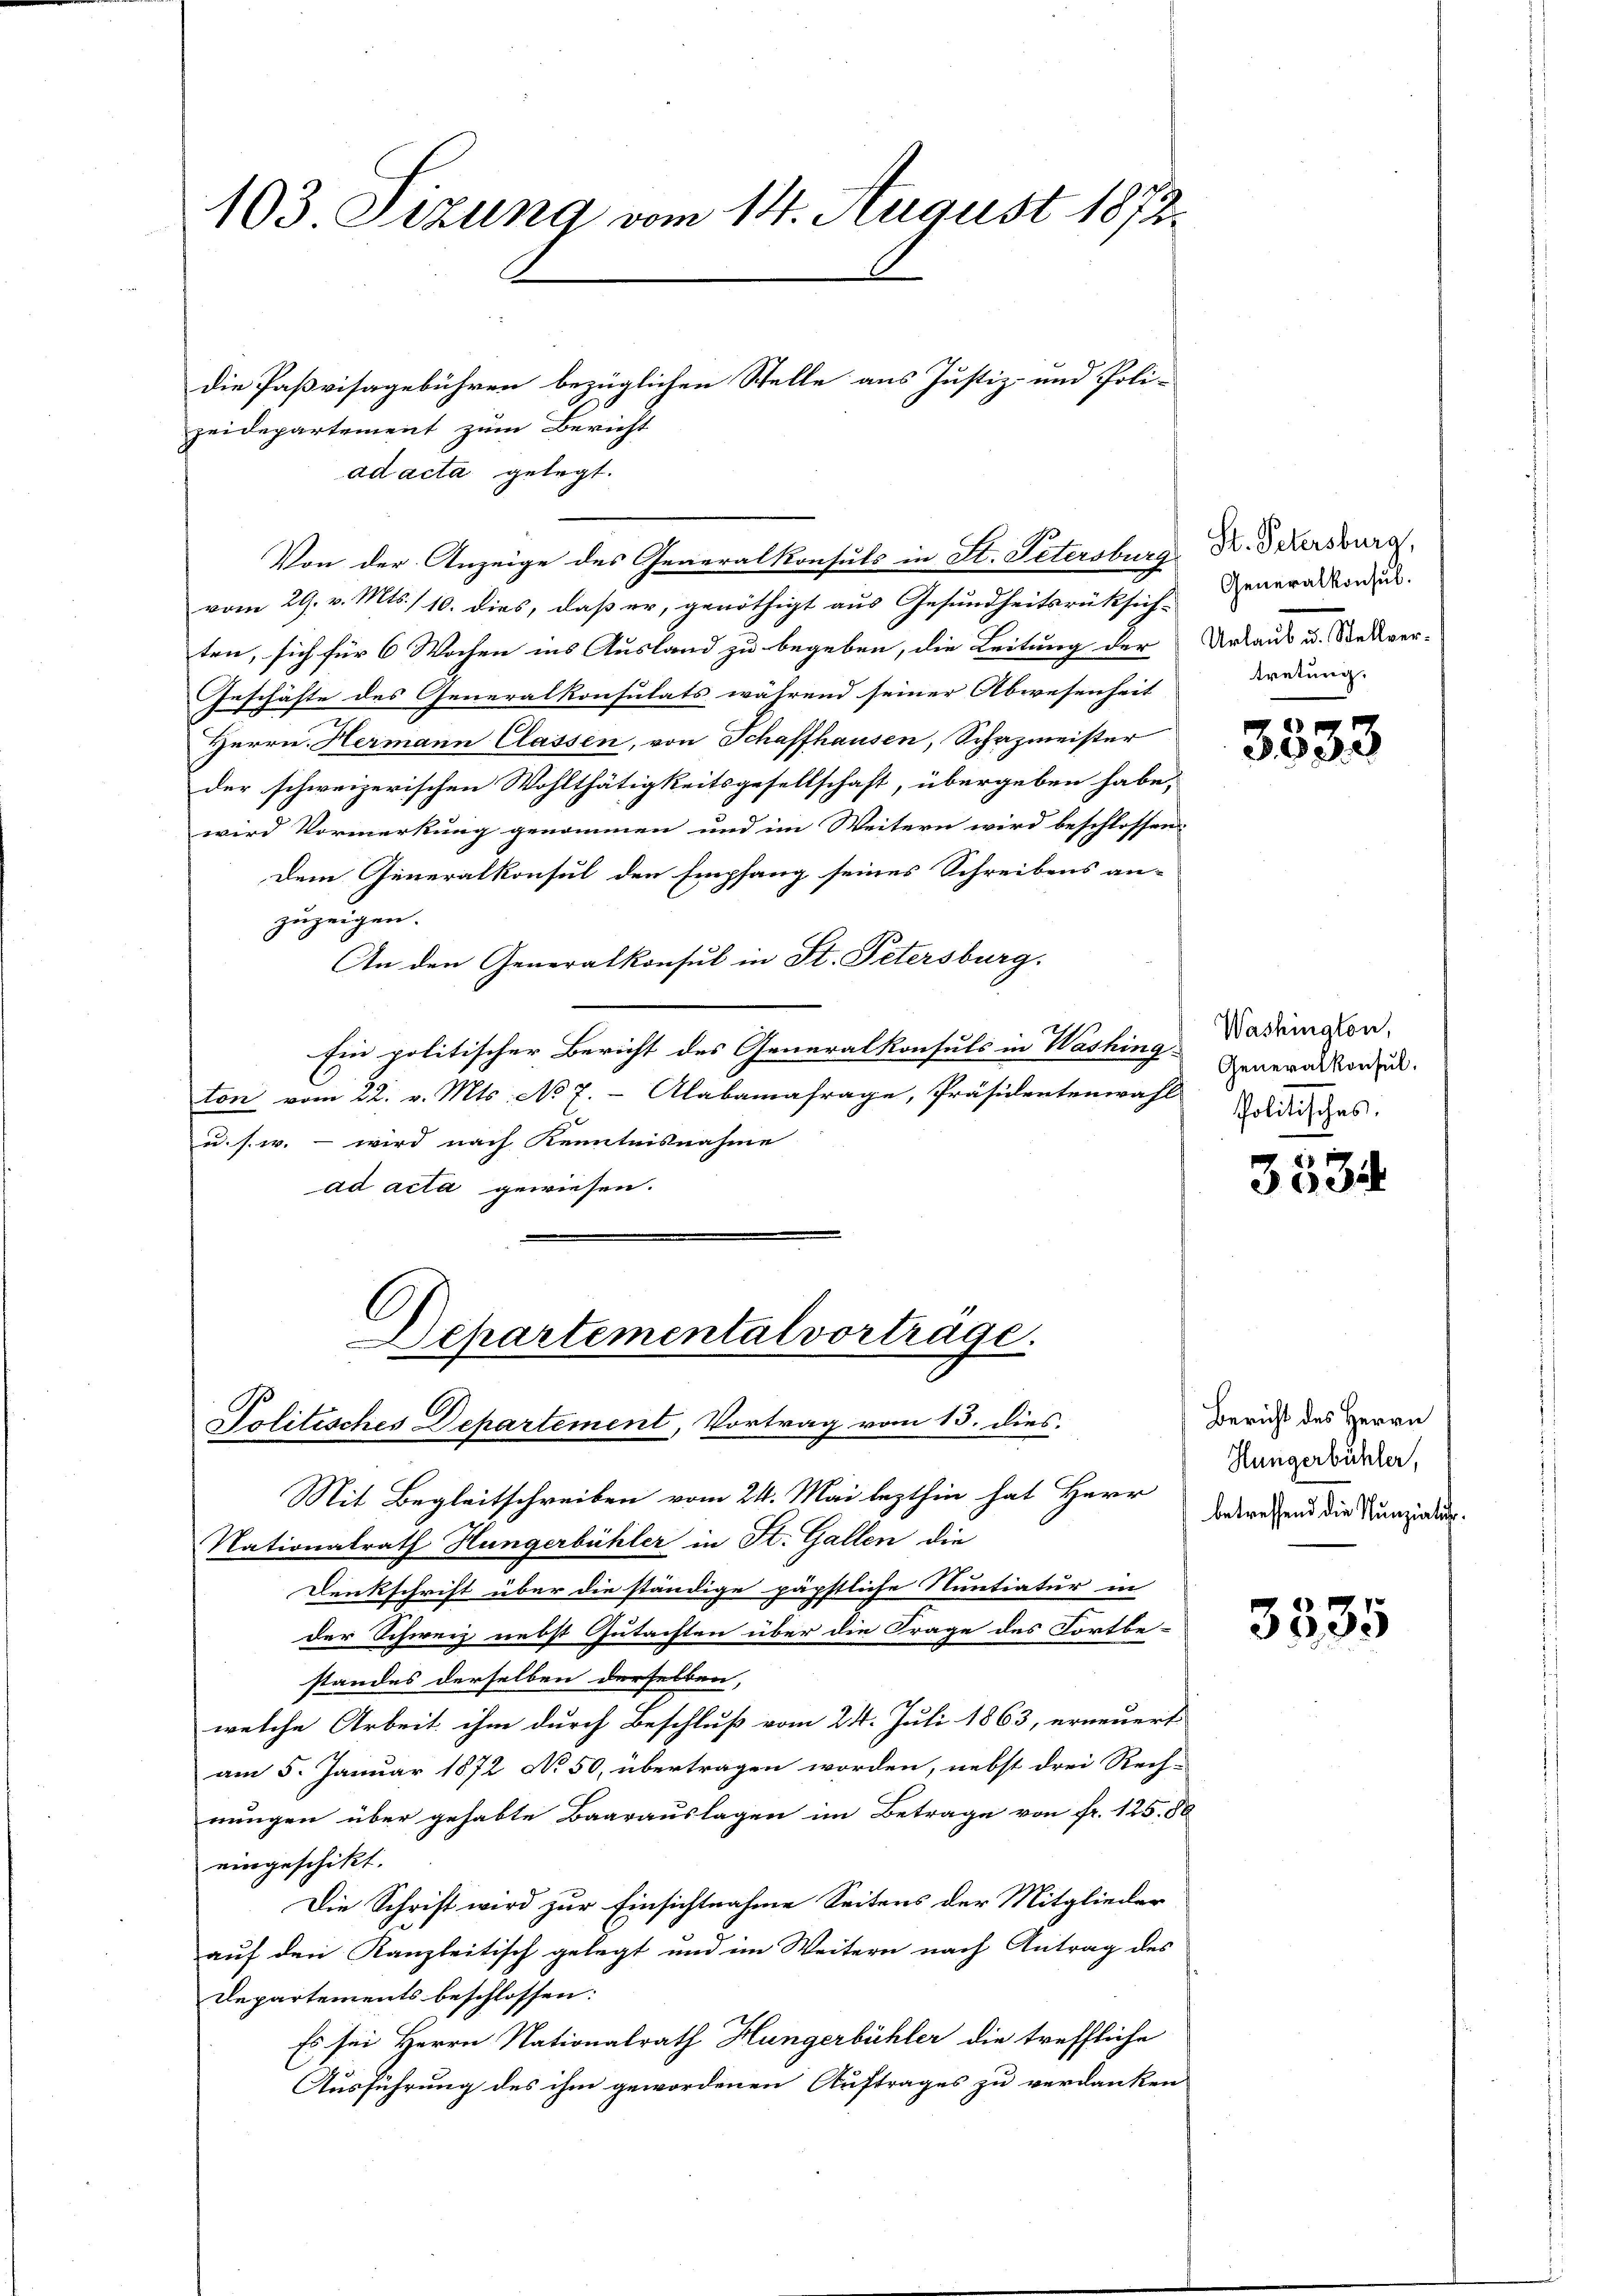
103 Stzung vom 14. August 1872.

zeidepartement zum Bericht
ad acta gelegt.
Von der Anzeige des Generalkonsuls in St. Petersburg
vom 29. v. Mts. / 10. dies, daß er, genöthigt aus Gesundheitsrüksichten, sich für 6 Wochen ins Ausland zu begeben, die Leitung der
Geschäfte des Generalkonsulats während seiner Abwesenheit
Herrn. Hermann Classen, von Schaffhausen, Schazmeister
der schweizerischen Wohlthätigkeitsgesellschaft, übergeben habe,
wird Vormerkung genommen und im Weitern wird beschlossen
Dem Generalkonsul den Empfang seines Schreibens an-
zuzeigen.
An den Generalkonsul in St. Petersburg.
Ein politischer Bericht des Generalkonsuls in Washing Generalkonsu
ton vom 22. v. Mts. No 7.- Alabamafrage, Präsidentenwahl
u. s. w. – wird nach Kenntnisnahme
ad acta gewiesen.

die Paßvisagebühren bezüglichen Stelle aus Justiz- und Poli-

Departemental vortrage.
Politisches Departement, Vortrag vom 13. dies.
Mit Begleitschreiben vom 24. Mai lezthin hat Herr

Nationalrath Hungerbühler in St. Gallen die
Denkschrift über die ständige päpstliche Nuntiatur in
der Schweiz nebst Gutachten über die Frage des Fortbe-
standes derselben derselben,
welche Arbeit ihm durch Beschluß vom 24. Juli 1863, erneuert
am 5. Januar 1872 No 50, übertragen worden, nebst drei Rech-
nungen über gehabte Baarauslagen im Betrage von fr. 125.80
eingeschikt.
Die Schrift wird zur Einsichtnahme Seitens der Mitglieder
auf den Kanzleitisch gelegt und im Weitern nach Antrag des
Departements beschlossen:
Es sei Herrn Nationalrath Hungerbühler die treffliche
Ausführung des ihm gewordenen Auftrages zu verdanken

St. Petersburg,
Generalkonsul.
Urlaub u. Stellvertretung.

2
3033

Washington,
Politisches.

3534

Bericht des Herrn
Hungerbühler,
betreffend die Nunziatur.

3385